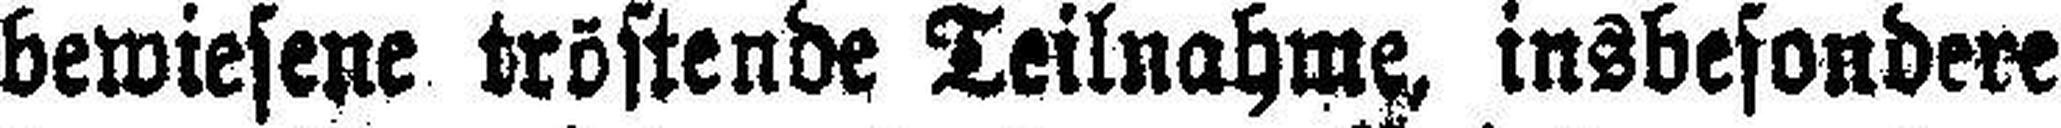
bewiesene tröstende Teilnahme insbesondere